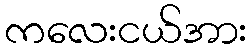
ကလေးငယ်အား